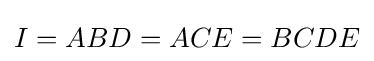
I=ABD=ACE=BCDE